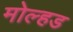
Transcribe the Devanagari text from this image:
मोल्हड